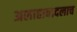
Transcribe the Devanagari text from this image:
अलाहाबादलाच